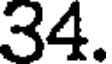
34.